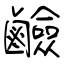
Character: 鹼